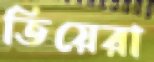
তিয়েরা